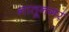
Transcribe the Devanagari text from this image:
नातूनगर